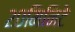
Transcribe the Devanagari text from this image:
२०मिनिटे